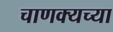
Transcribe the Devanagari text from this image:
चाणक्यच्या